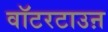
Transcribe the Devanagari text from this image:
वॉटरटाउऩ